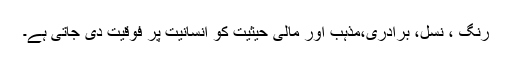
رنگ ، نسل، برادری،مذہب اور مالی حیثیت کو انسانیت پر فوقیت دی جاتی ہے۔